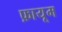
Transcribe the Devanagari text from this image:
फ़ायूम